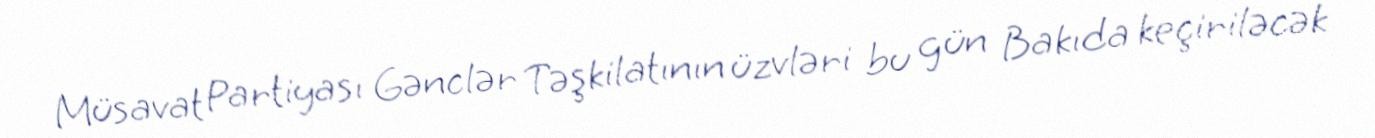
Müsavat Partiyası Gənclər Təşkilatının üzvləri bu gün Bakıda keçiriləcək